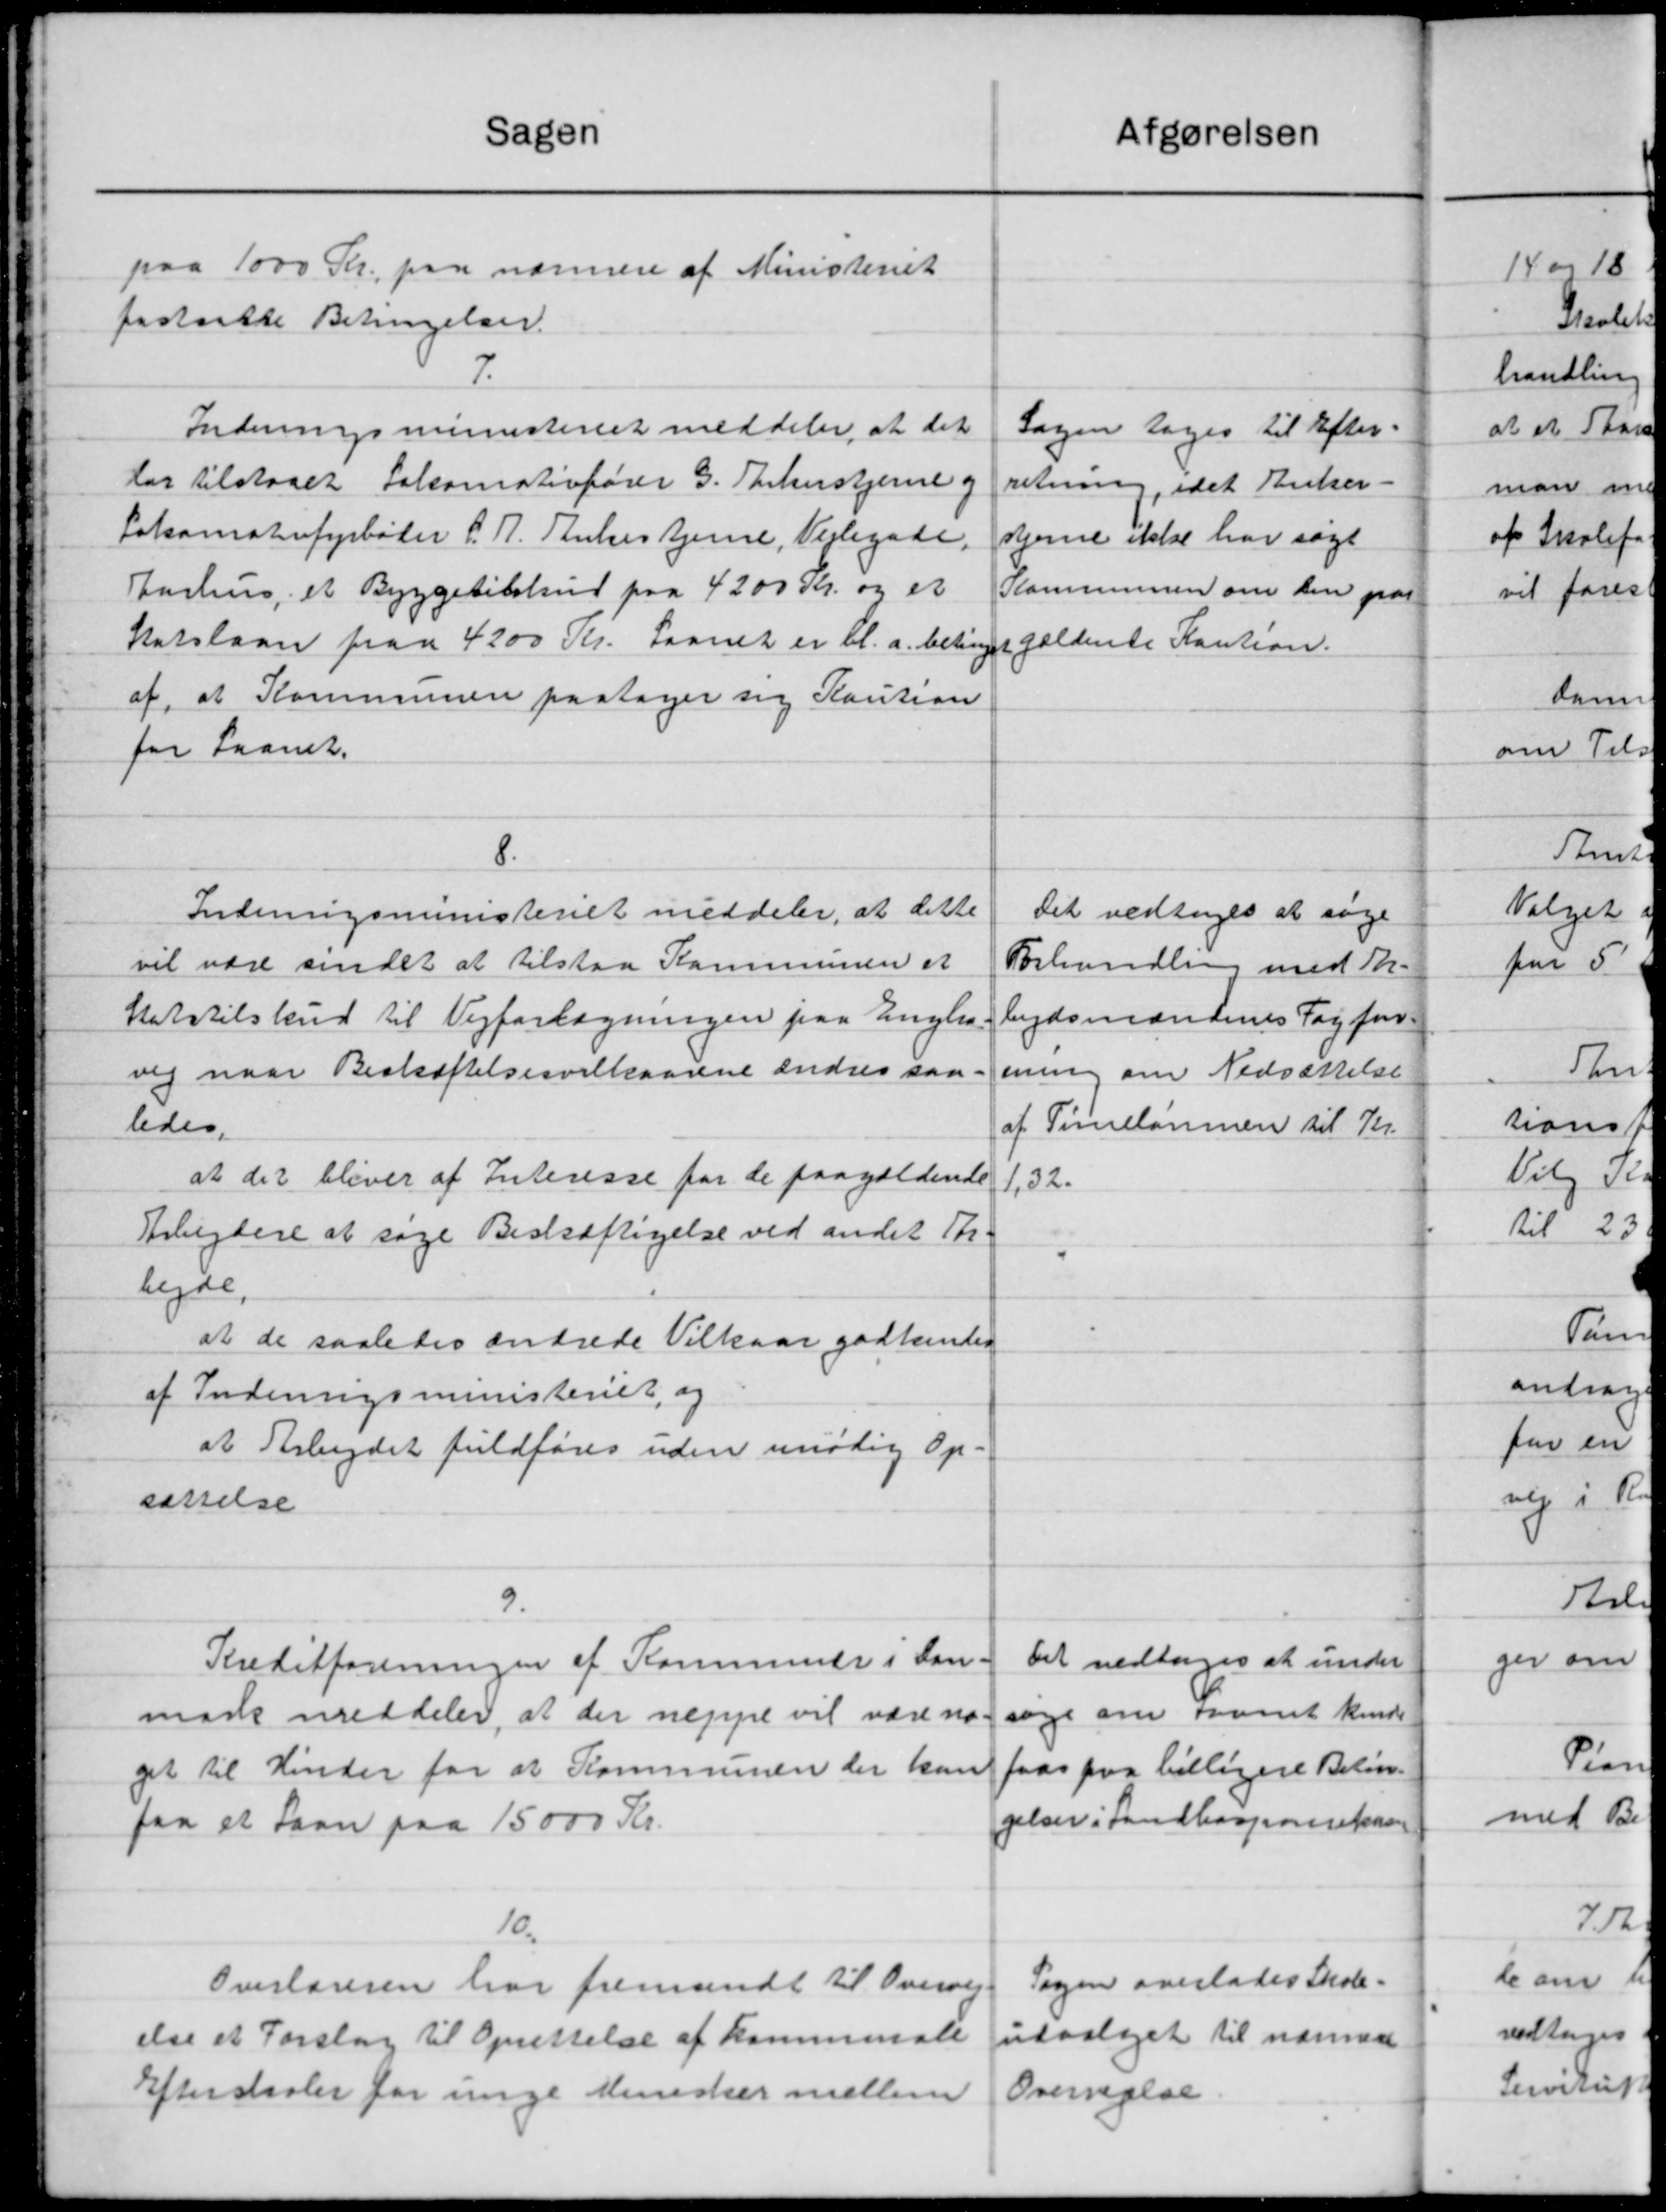
Transskription:
Sagen
paa 1000 Kr. paa nærmere af Ministeriet
fastsætte Betingelser.
7.
Indenrigsministeriet meddeler at det
har tilstaaet Salomativfører G. Theberstjerne og
Lokomotorfyrbøder P. A. Thules tjene, Vejlegade,
Aarhus, et Byggetilskud paa 4200 Kr. og et
Statslaan paa 4200 Kr. Laanet er bl.a. betinget
af, at Kommunen paatager sig Kaution
for Laanet.
8.
Indenrigsministeriet meddeler, at dette
vil være sendet at tilstaa Kommunen et
Statstilskud til Vejforlægningen paa Englen
vej naar Beskæftelsesvilkaarene ændres saa
ledes.
at der bliver af Interesse for de paagældende
Arbejdere at søge Beskæftigelse ved andet Th.
bejde
at de saaledes andrede Vilkaar godkendes
af Indenrigsministeriet, og
at Arbejdet fuldføres uden imodig Op-
sørrelse
9.
Kreditforeningen af Kommuner i San-
mark meddeler, at der nepyre vil være nø
get til Hinder for at Kommunen der kan
faa et Laan paa 15000 Kr.
10.
Overlæreren har fremsendt til Overvej
else et Forslag til Oprettelse af Kommunale
Efter staaler for unge Menisker mellem